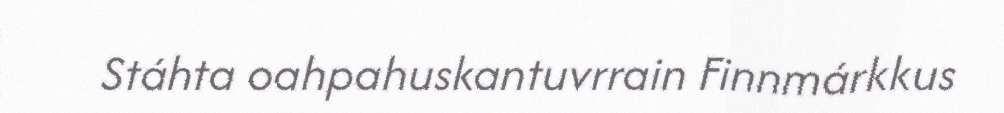
Stáhta oahpahuskantuvrrain Finnmárkkus